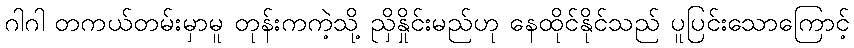
ဂါဂါ တကယ်တမ်းမှာမူ တုန်းကကဲ့သို့ ညှိနှိုင်းမည်ဟု နေထိုင်နိုင်သည် ပူပြင်းသောကြောင့်